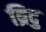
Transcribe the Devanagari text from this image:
ब्रिदु